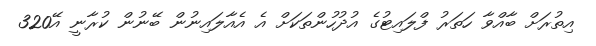
އިތުރަށް ބާއްވާ ހަތަރު ފްލައިޓުގެ އުދުހުންތަކަށް އެ އެއާލައިނުން ބޭނުން ކުރާނީ އޭ320